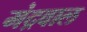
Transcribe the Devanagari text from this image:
मंद्रवाल